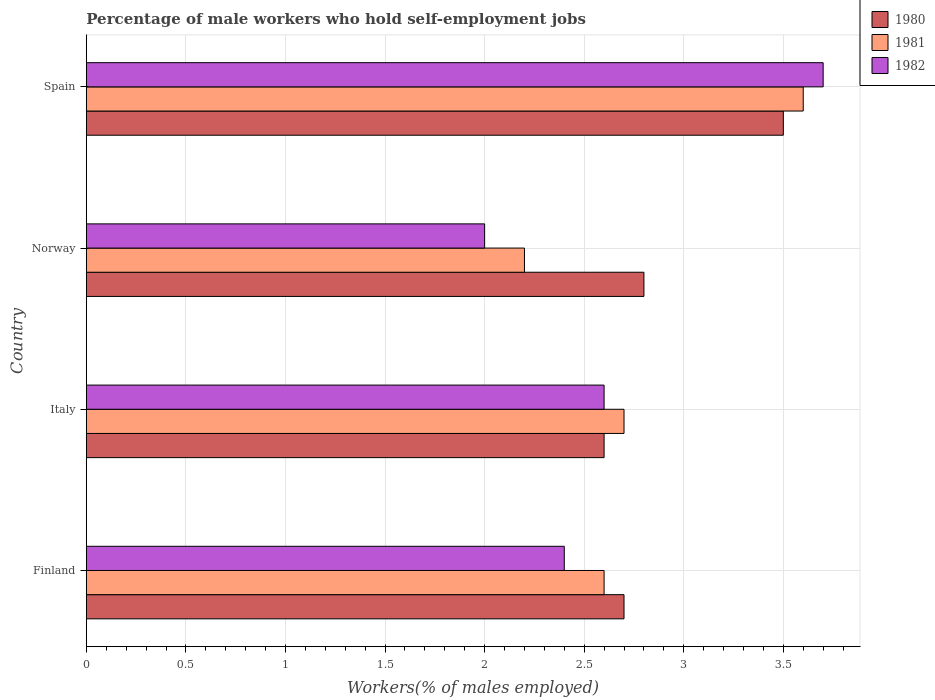
| Country | 1980 | 1981 | 1982 |
 | --- | --- | --- | --- |
 | Finland | 2.7 | 2.6 | 2.4 |
 | Italy | 2.6 | 2.7 | 2.6 |
 | Norway | 2.8 | 2.2 | 2 |
 | Spain | 3.5 | 3.6 | 3.7 |